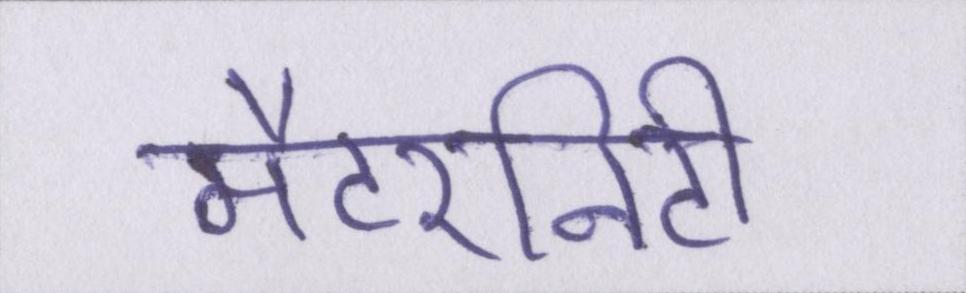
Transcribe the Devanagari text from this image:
मैटरनिटी